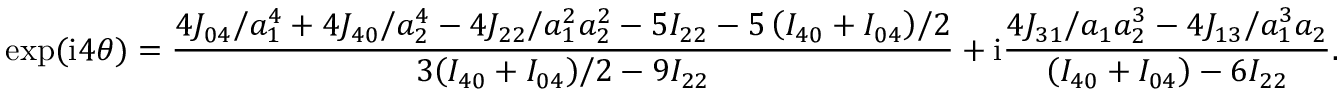
\exp ( \mathrm { i } 4 \theta ) = \frac { { { { 4 { J _ { 0 4 } } } \mathord { \left/ { \vphantom { { 4 { J _ { 0 4 } } } { a _ { 1 } ^ { 4 } } } } \right. \kern - \nulldelimiterspace } { a _ { 1 } ^ { 4 } } } + { { 4 { J _ { 4 0 } } } \mathord { \left/ { \vphantom { { 4 { J _ { 4 0 } } } { a _ { 2 } ^ { 4 } } } } \right. \kern - \nulldelimiterspace } { a _ { 2 } ^ { 4 } } } - { { 4 { J _ { 2 2 } } } \mathord { \left/ { \vphantom { { 4 { J _ { 2 2 } } } { a _ { 1 } ^ { 2 } a _ { 2 } ^ { 2 } } } } \right. \kern - \nulldelimiterspace } { a _ { 1 } ^ { 2 } a _ { 2 } ^ { 2 } } } - 5 { I _ { 2 2 } } - { { 5 \left( { { I _ { 4 0 } } + { I _ { 0 4 } } } \right) } \mathord { \left/ { \vphantom { { 5 \left( { { I _ { 4 0 } } + { I _ { 0 4 } } } \right) } 2 } } \right. \kern - \nulldelimiterspace } 2 } } } { { 3 { { \left( { { I _ { 4 0 } } + { I _ { 0 4 } } } \right) } \mathord { \left/ { \vphantom { { \left( { { I _ { 4 0 } } + { I _ { 0 4 } } } \right) } 2 } } \right. \kern - \nulldelimiterspace } 2 } - 9 { I _ { 2 2 } } } } + \mathrm { { i } } \frac { { { { 4 { J _ { 3 1 } } } \mathord { \left/ { \vphantom { { 4 { J _ { 3 1 } } } { { a _ { 1 } } a _ { 2 } ^ { 3 } } } } \right. \kern - \nulldelimiterspace } { { a _ { 1 } } a _ { 2 } ^ { 3 } } } - { { 4 { J _ { 1 3 } } } \mathord { \left/ { \vphantom { { 4 { J _ { 1 3 } } } { a _ { 1 } ^ { 3 } { a _ { 2 } } } } } \right. \kern - \nulldelimiterspace } { a _ { 1 } ^ { 3 } { a _ { 2 } } } } } } { { \left( { { I _ { 4 0 } } + { I _ { 0 4 } } } \right) - 6 { I _ { 2 2 } } } } .